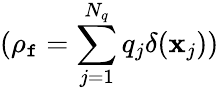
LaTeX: (\rho_{\mathtt{f}}=\sum_{j=1}^{N_{q}}q_{j}\delta(\mathbf{{x}}_{j}))